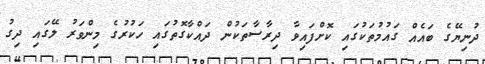
ދުނިޔޭގެ ބައެއް ގައުމުތަކުގައި ކޮށްފައިވާ ދިރާސާތަކުން ދައްކާގޮތުގައި ހަކުރުގެ މިންވަރު ލޭގައި ދިގު